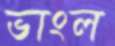
ভাংল